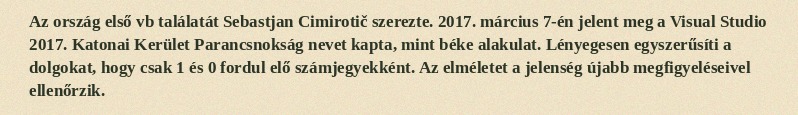
Az ország első vb találatát Sebastjan Cimirotič szerezte. 2017. március 7-én jelent meg a Visual Studio 2017. Katonai Kerület Parancsnokság nevet kapta, mint béke alakulat. Lényegesen egyszerűsíti a dolgokat, hogy csak 1 és 0 fordul elő számjegyekként. Az elméletet a jelenség újabb megfigyeléseivel ellenőrzik.